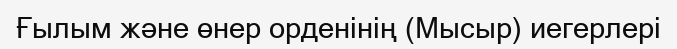
Ғылым және өнер орденінің (Мысыр) иегерлері